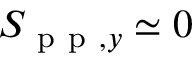
S _ { \mathrm { ~ p ~ p ~ } , y } \simeq 0